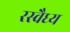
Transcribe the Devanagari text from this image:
रस्वैध्य